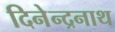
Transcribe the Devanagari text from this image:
दिनेन्द्रनाथ